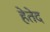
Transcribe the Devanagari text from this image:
हेतेद